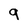
Character: 9